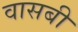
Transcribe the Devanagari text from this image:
वासबी